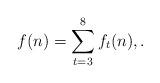
LaTeX: \begin{align*} f(n)=\sum_{t=3}^{8}f_t(n), .\end{align*}